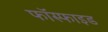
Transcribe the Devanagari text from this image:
फॉस्फाइड